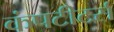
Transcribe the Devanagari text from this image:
कंपटीटर्स